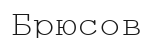
Брюсов